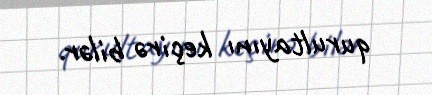
qurultayını keçirə bilər.